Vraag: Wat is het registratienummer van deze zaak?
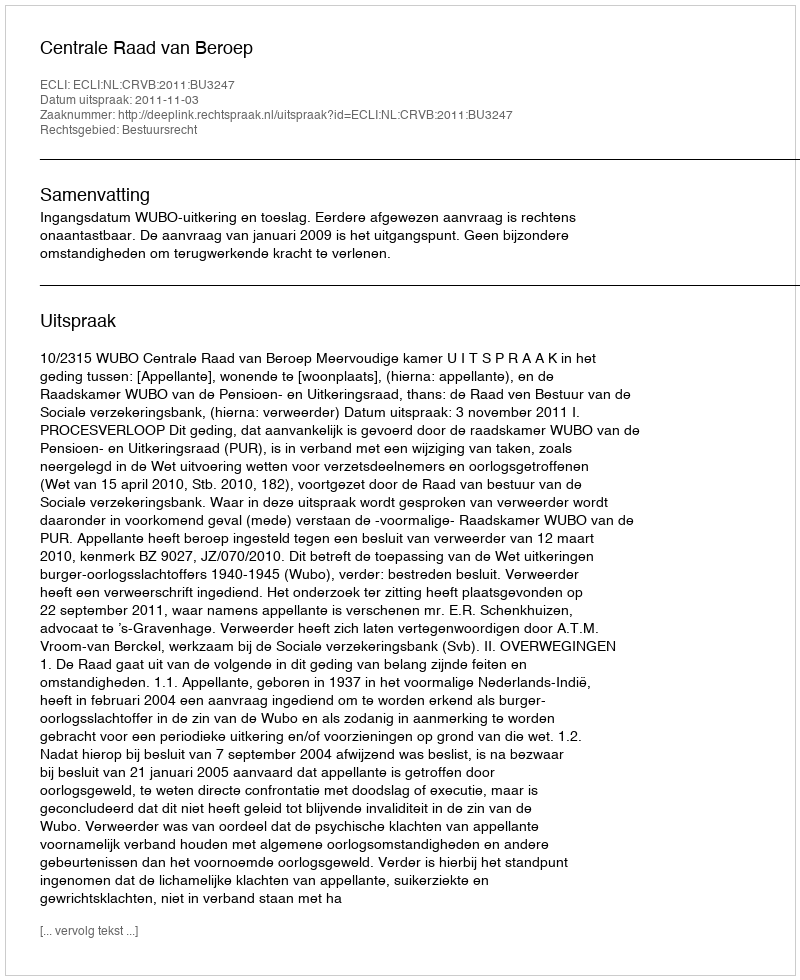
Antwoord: http://deeplink.rechtspraak.nl/uitspraak?id=ECLI:NL:CRVB:2011:BU3247